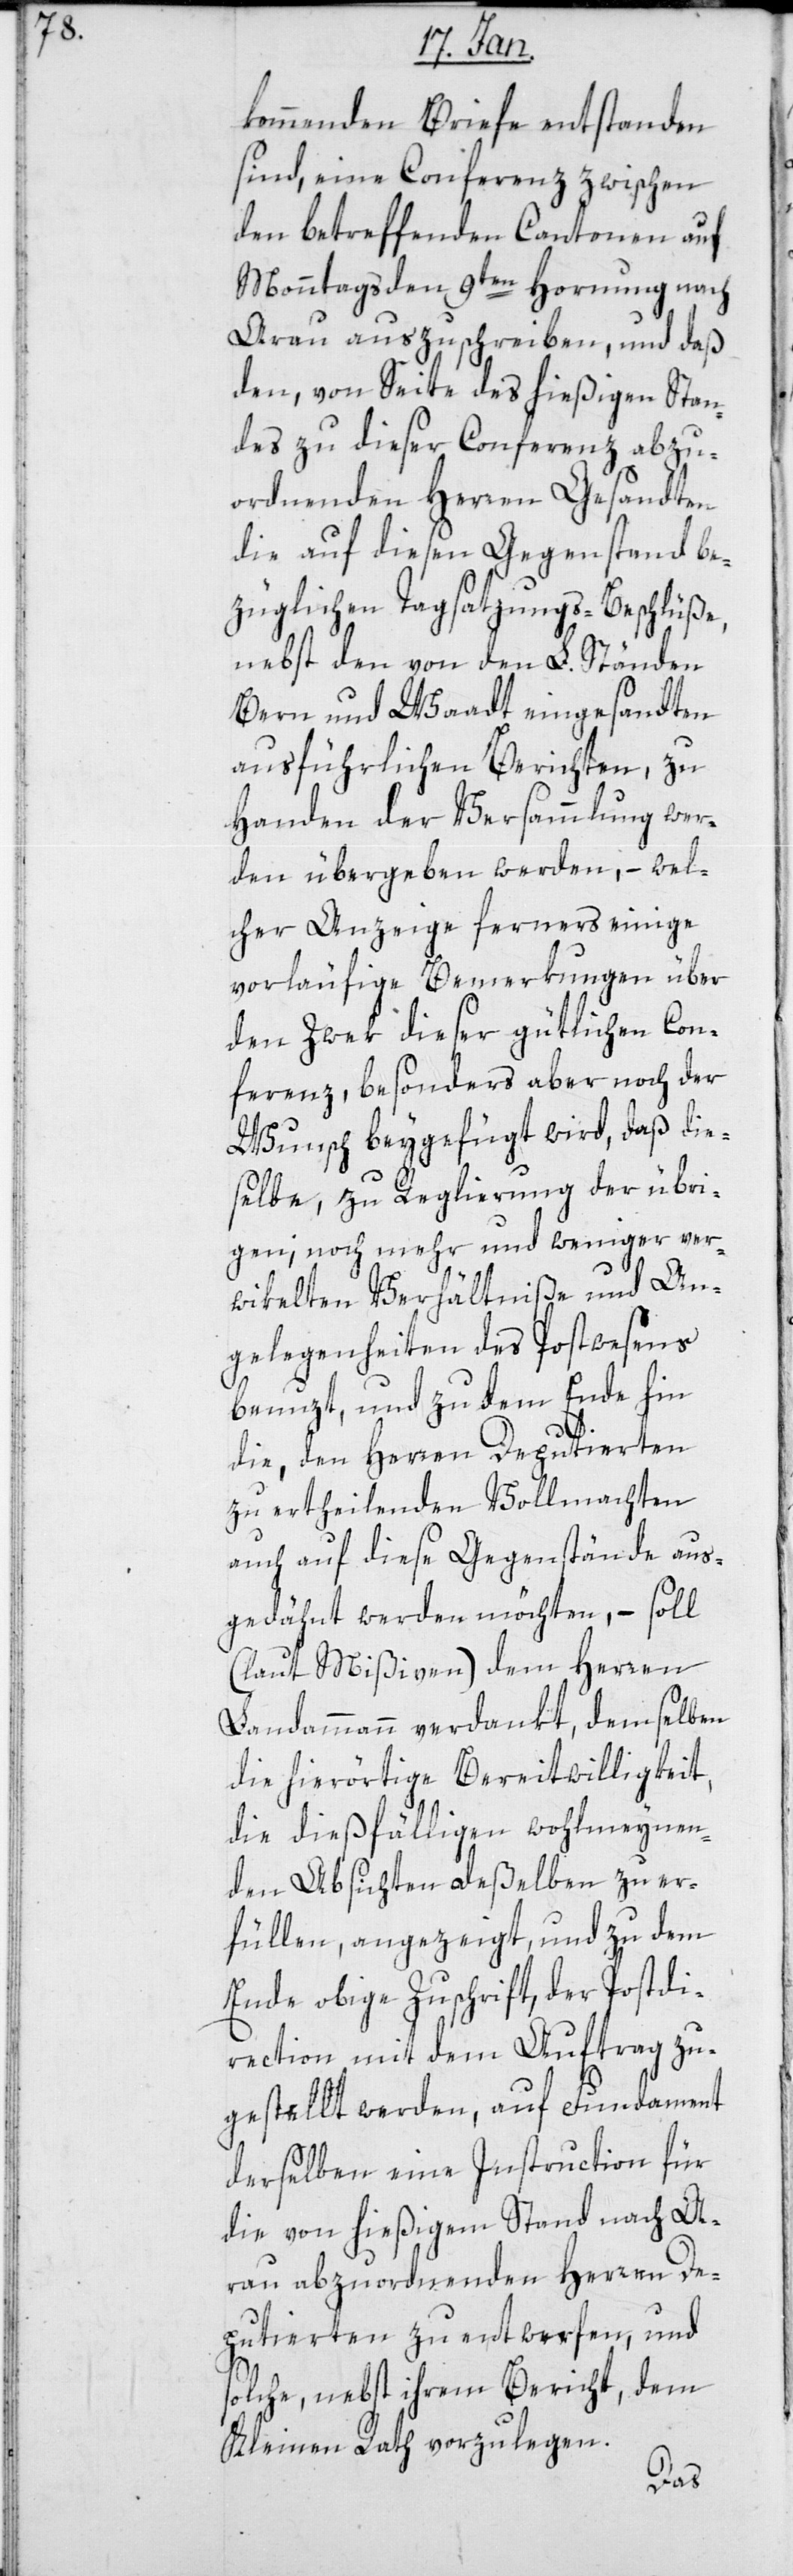
kommenden Briefe entstanden
sind, eine Conferenz zwischen
den betreffenden Cantonen auf
Montags den 9ten Hornung nach
Arau auszuschreiben, und daß
den, von Seite des hießigen Stan¬
des zu dieser Conferenz abzu¬
ordnenden Herren Gesandten
die auf diesen Gegenstand be¬
züglichen Tagsatzungs-Beschlüße,
nebst den von den L. Ständen
Bern und Waadt eingesandten
ausführlichen Berichten, zu
Handen der Versammlung wer¬
den übergeben werden, – wel¬
cher Anzeige ferners einige
vorläufige Bemerkungen über
den Zwek dieser gütlichen Con¬
ferenz, besonders aber noch der
Wunsch beygefügt wird, daß die¬
selbe, zu Reglierung der übri¬
gen; noch mehr und weniger ver¬
wikelten Verhältniße und An¬
gelegenheiten des Postwesens
benuzt, und zu dem Ende hin
die, den Herren Deputierten
zu ertheilenden Vollmachten
auch auf diese Gegenstände aus¬
gedähnt werden möchten, – soll
(laut Mißiven) dem Herren
Landammann verdankt, demselben
die hierörtige Bereitwilligkeit,
die dießfälligen wohlmeynen¬
den Absichten deßelben zu er¬
füllen, angezeigt, und zu dem
Ende obige Zuschrift, der Postdi¬
rection mit dem Auftrag zu¬
gestellt werden, auf Fundament
derselben eine Instruction für
die von hießigem Stand nach A¬
rau abzuordnenden Herren De¬
puitierten zu entwerfen, und
solche, nebst ihrem Bericht, dem
Kleinen Rath vorzulegen.